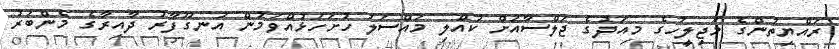
ރައްޔިތުންގެ މަޖިލީހުގެ މިއަދުގެ ޖަލްސާއަށް ކުއްލި މައްސަލަ ހުށަހަޅުއްވަމުން އުނގޫފާރު ދާއިރާގެ މެންބަރު